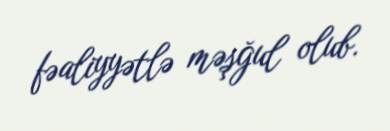
fəaliyyətlə məşğul olub.